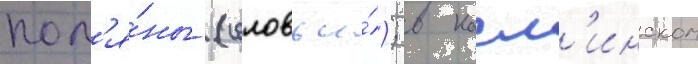
пол'я́ны (соловьи́); в касл'инском